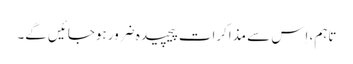
تاہم، اِس سے مذاکرات پیچیدہ ضرور ہوجائیں گے۔